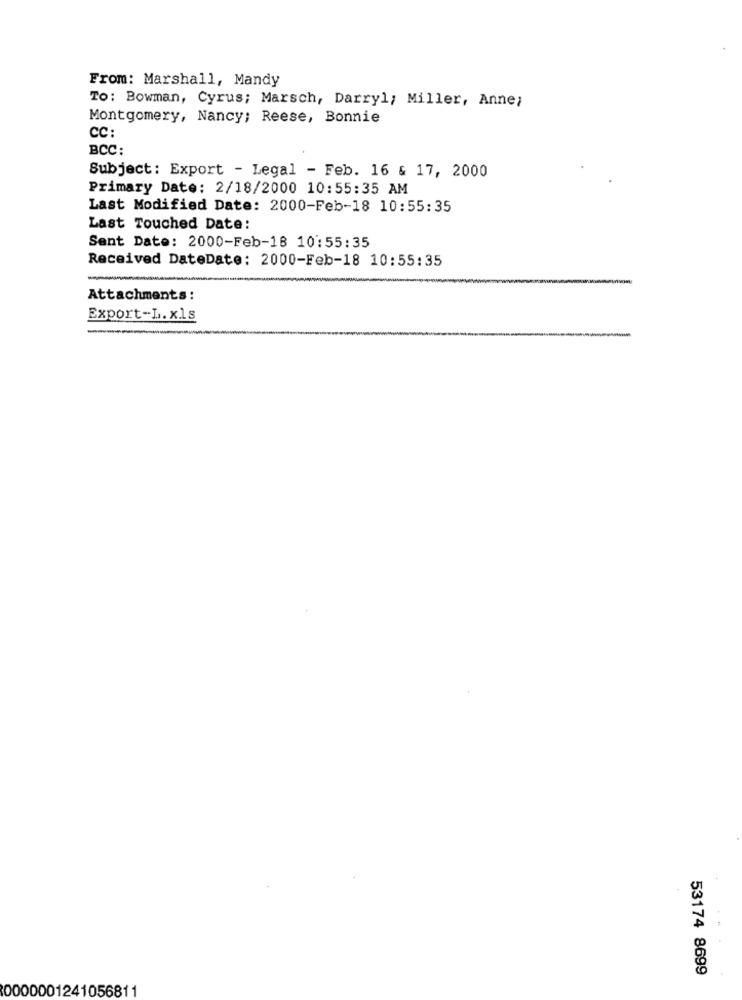
From: Marshall, Mandy
To: Bowman, Cyrus; Marsch, Darryl; Miller, Anne;
Montgomery, Nancy; Reese, Bonnie
CC:
BCC;
Subject: Export - Legal - Feb. 16 & 17, 2000
Primary Date: 2/18/2000 10:55:35 AM
Last Modified Date: 2000-Feb-18 10:55:35
Last Touched Date:
Sent Date: 2000-Feb-18 10:55:35
Received DateDate: 2000-Feb-18 10:55:35
Attachments:
Export-L.xls
53174 8699
0000001241056811